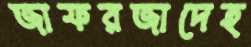
জাফরজাদেহ